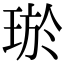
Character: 𤥽